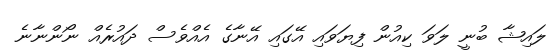
ލައިޝާ ބުނީ ލަވަ ކިއުން ފިޔަވައި އޭގައި އޭނާގެ އެއްވެސް ދައުރެއް ނޯންނާނެ